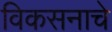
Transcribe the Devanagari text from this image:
विकसनाचे